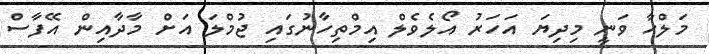
މަލްހާ ވަނީ މިދިޔަ އަހަރު އޯލެވެލް އިމްތިހާނުގައި ޖުމްލަ އަށް މާދާއިން އޭފާސް